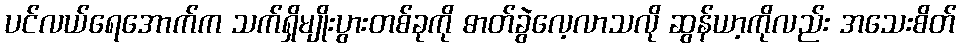
ပင်လယ်ရေအောက်က သက်ရှိမျိုးပွားတစ်ခုကို ဓာတ်ခွဲလေ့လာသလို ဆွန်ယာ့ကိုလည်း အသေးစိတ်